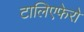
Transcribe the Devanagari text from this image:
टालिएफेरो